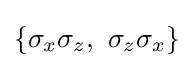
\{\sigma _{x}\sigma _{z},\ \sigma _{z}\sigma _{x}\}